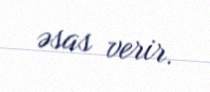
əsas verir.